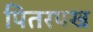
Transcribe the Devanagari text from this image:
पितरपख